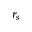
r _ { s }